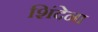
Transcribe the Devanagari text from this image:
शिंदेना